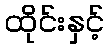
ထိုင်းနှင့်